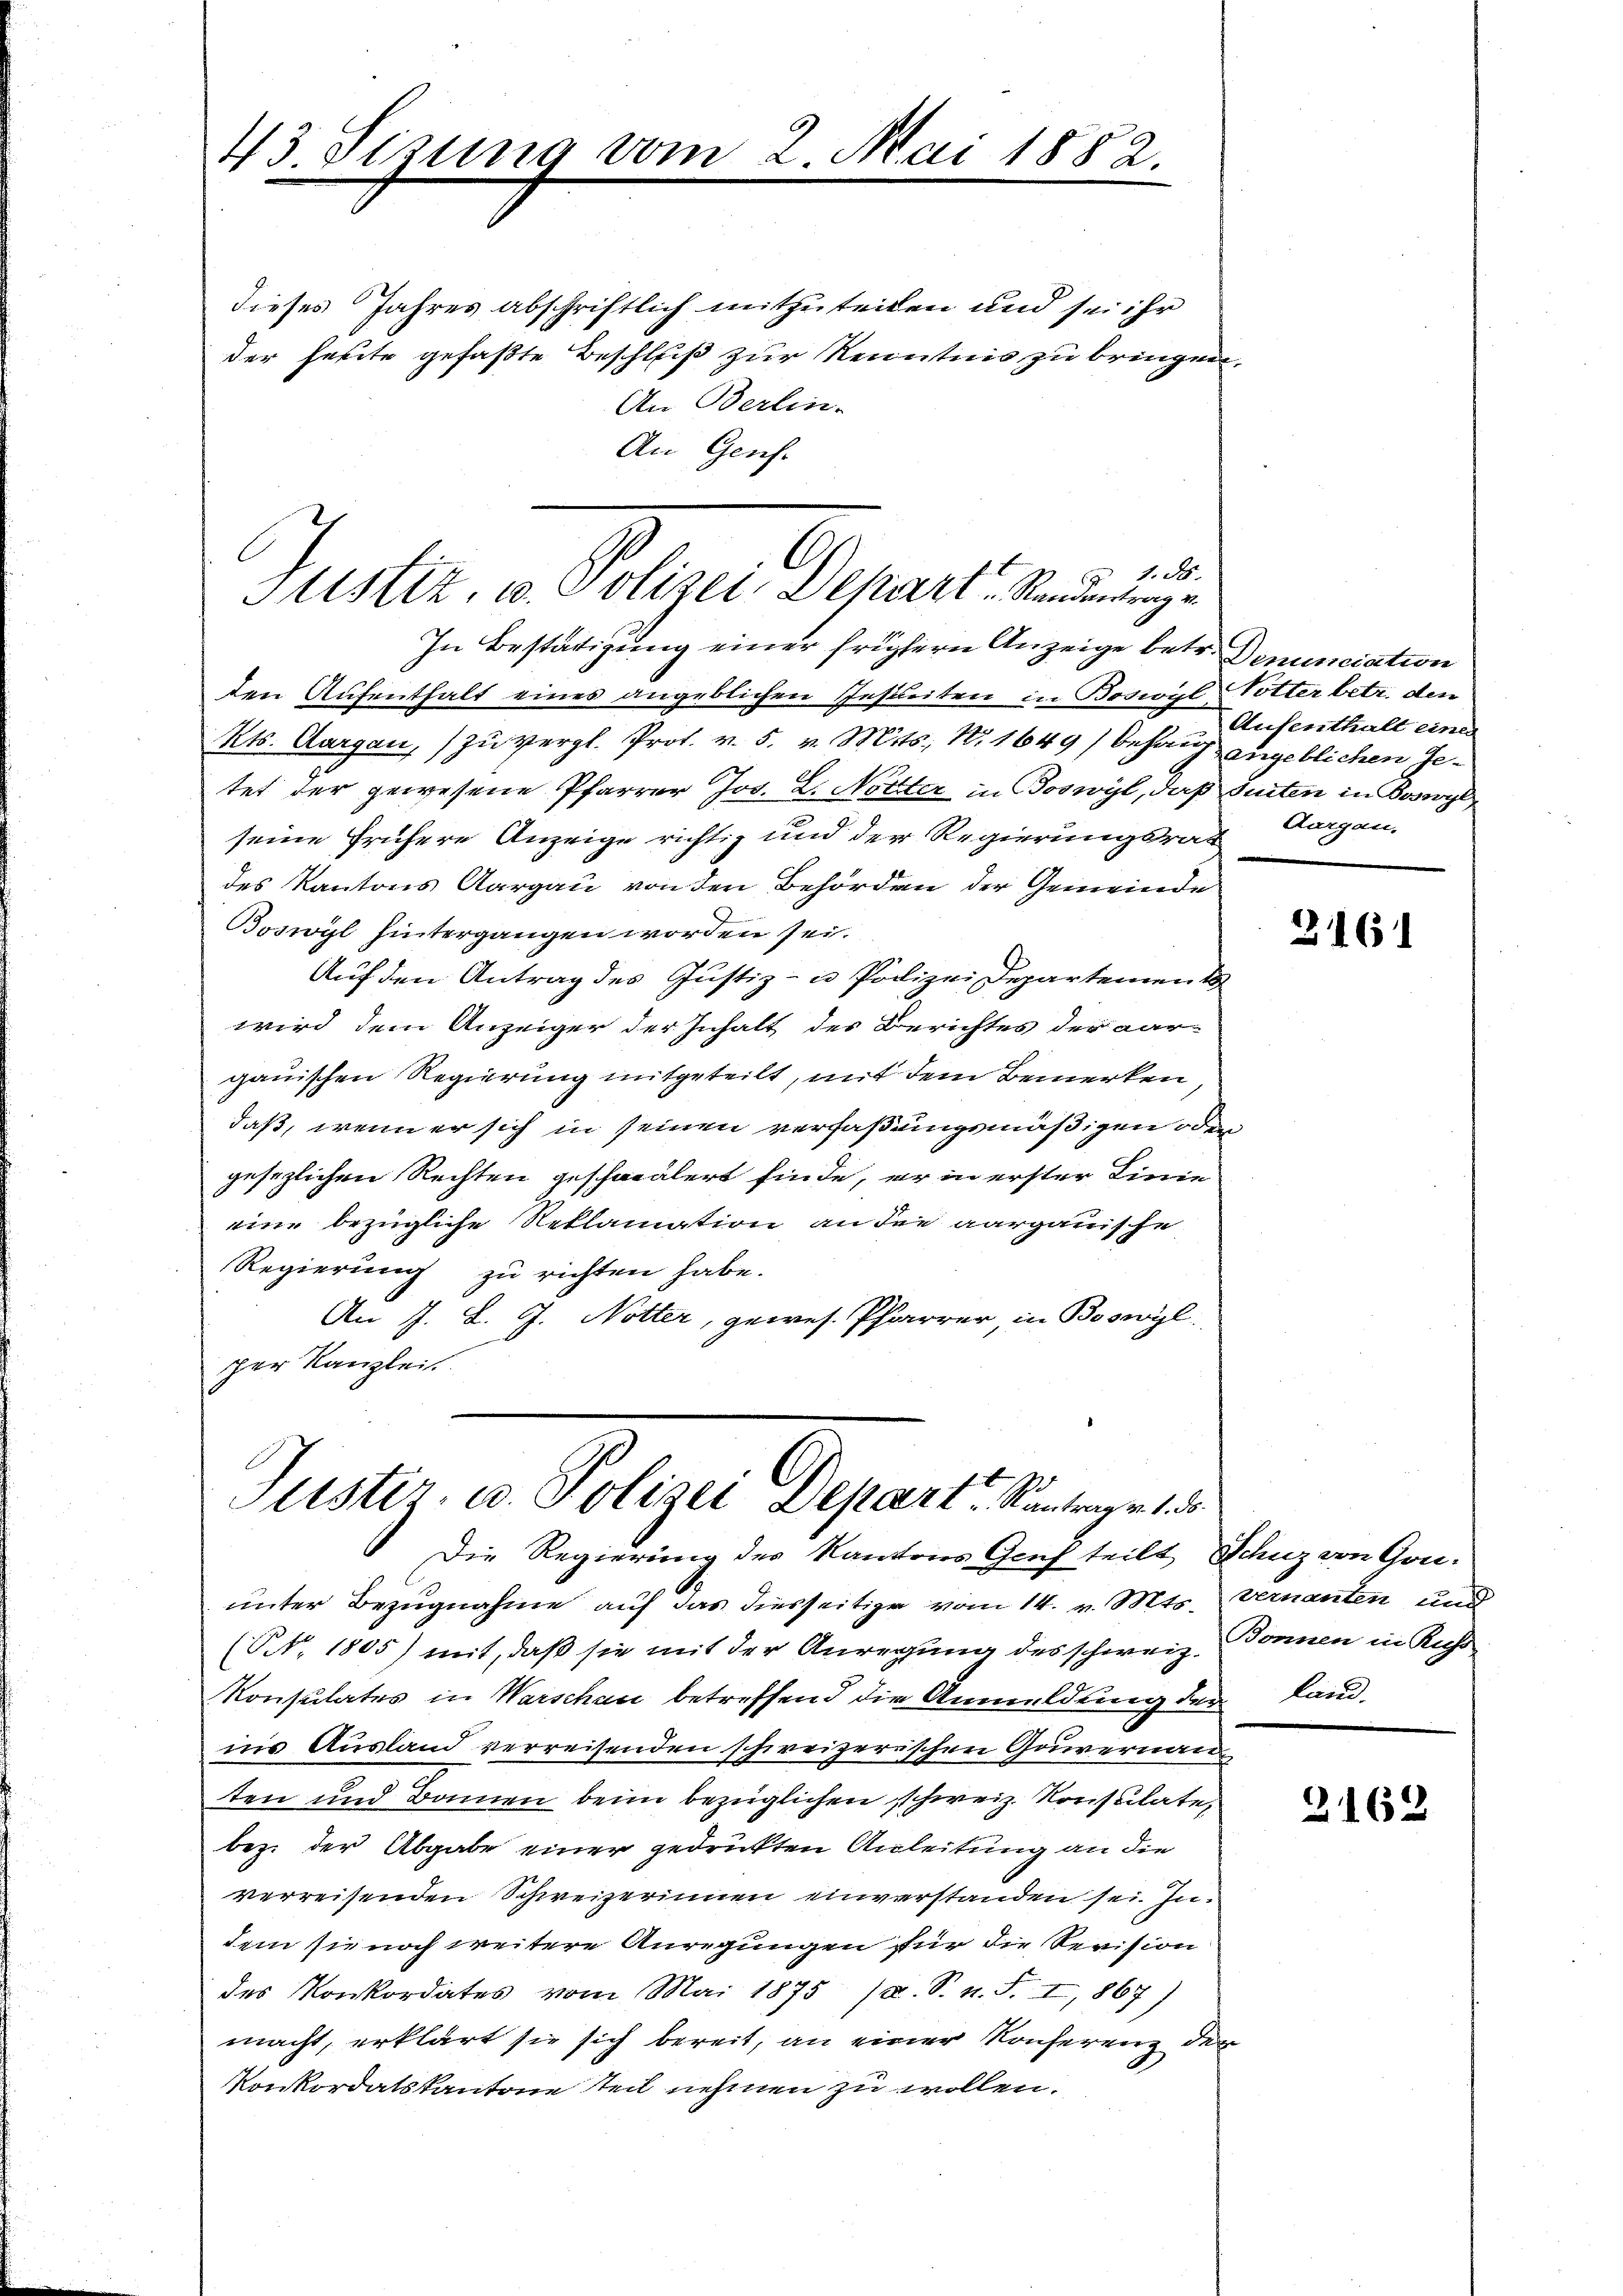
dieses Jahres abschriftlich mitzuteilen und sei ihr
der heute gefaßte Beschluß zur Kenntnis zu bringen,
An Berlin-
An Genf.

43 Sizung vom 2. Mai 1882.

1. 85.
Sistiz, u. Polizei Depart Randentrage

In Bestätigung einer frühern Anzeige betr. Denunciation
den Aufenthalt eines angeblichen Instleiten in Boswyl Votter betr. den
Kts. Aargau, zu vergl. Prof. v. 5. v. Mts., N. 1649) Behaupt angeblichen Getet der gewesene Pfarrer Jos. L. Nötzter in Boswyl, daß seiten in Boswyl
seine frühere Anzeige richtig und der Regierungsrat
des Kantons Aargau von den Behörden der Gemeinde
Boswyl hintergangen worden sei.
Auf den Antrag des Justiz- u Polizei Departement
wird dem Anzeiger der Inhalt des Berichtes der Dar-
gauischen Regierung mitgeteilt, mit dem Bemerken
daß, wenn er sich in seinen verfaßungsmäßigen oder
gesezlichen Rechten geschmälert finde, er in erster Linie
eine bezügliche Reklamation an die aargauische
Regierung zu richten habe.
An J. L. J. Notter, gewes. Pfarrer, in Boswyl
per Kanzleit

Jüster, u. Polizei Depart. Kantrag v. 1. d.
Die Regierung des Kantons Genf teilt Schuz von Gou¬

unter Bezugnahme auf das diesseitige vom 14. v. Mts. vernannten und
(NNo. 1805) mit, daß sie mit der Anregung des schweiz. Bonnen in Ruhr
Konsulates in Warschen betreffend die Anmeldung der Landnie Ausland verreisenden schweizerischen Gouvernau
ten und Bannen beim bezüglichen schweiz. Konsulate,
bez. der Abgabe einer gedrückten Anleitung an die
verreisenden Schweizerinnen einverstanden sei. Indem sie noch weitere Anregungen für die Revision
des Konkordates vom Mai 1875 (a. S. n. F. I, 867)
macht, erklärt sie sich bereit, an einer Konferenz der
Konkordatskantone teil nehmen zu wollen.

Aufenthalt einer
Aargau,

2161

2162